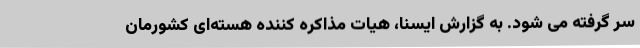
سر گرفته می شود. به گزارش ایسنا، هیات مذاکره کننده هسته‌ای کشورمان